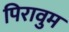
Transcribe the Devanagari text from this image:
पिरावुम